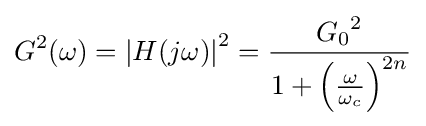
G^{2}(\omega )=\left|H(j\omega )\right|^{2}={\frac {{G_{0}}^{2}}{1+\left({\frac {\omega }{\omega _{c}}}\right)^{2n}}}